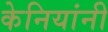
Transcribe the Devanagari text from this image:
केनियांनी